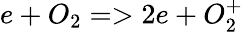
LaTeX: e+O_{2}=>2e+O_{2}^{+}